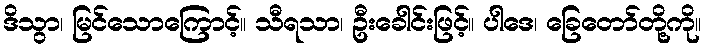
ဒိသွာ၊ မြင်သောကြောင့်။ သီရသာ၊ ဦးခေါင်းဖြင့်။ ပါဒေ၊ ခြေတော်တို့ကို။